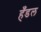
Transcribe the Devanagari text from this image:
हँडल